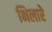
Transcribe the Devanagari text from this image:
भिलारे